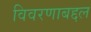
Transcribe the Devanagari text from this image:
विवरणाबद्दल